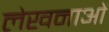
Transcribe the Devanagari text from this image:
लेखनाओं